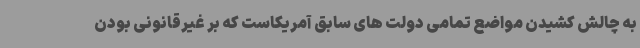
به چالش کشیدن مواضع تمامی دولت های سابق آمریکاست که بر غیرقانونی بودن